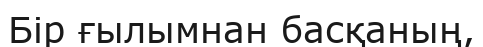
Бір ғылымнан басқаның,